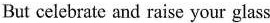
But celebrate and raise your glass